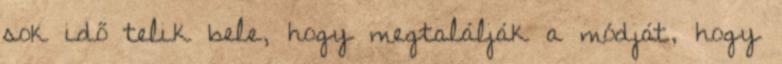
sok idő telik bele, hogy megtalálják a módját, hogy